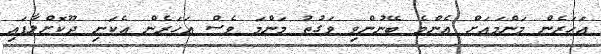
އަހަރެން މަންމައަށް އެންމެ ބޭނުންވި ވަގުތު މަންމަ ވެސް އަހަރެން އެކަނި ދޫކޮށްލާފައި